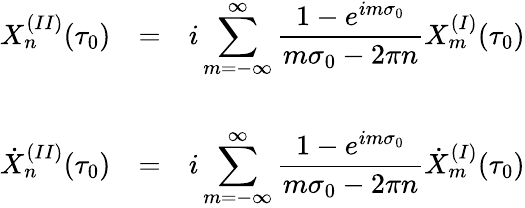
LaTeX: \begin{array}{lcl}{{X_{n}^{(II)}(\tau_{0})}}&{{=}}&{{{\displaystyle i\sum_{m=-\infty}^{\infty}\frac{1-e^{im\sigma_{0}}}{m\sigma_{0}-2\pi n}X_{m}^{(I)}(\tau_{0})}}}\\ {{}}&{{}}&{{}}\\ {{{\dot{X}}_{n}^{(II)}(\tau_{0})}}&{{=}}&{{{\displaystyle i\sum_{m=-\infty}^{\infty}\frac{1-e^{im\sigma_{0}}}{m\sigma_{0}-2\pi n}{\dot{X}}_{m}^{(I)}(\tau_{0})}}}\end{array}